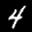
Label: 4